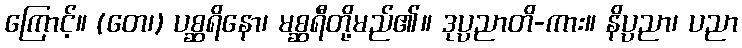
ကြောင့်။ (တေ၊) ပစ္ဆရိနော၊ မစ္ဆရီတို့မည်၏။ ဒုပ္ပညာတိ-ကား။ နိပ္ပညာ၊ ပညာ